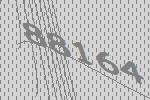
88164